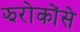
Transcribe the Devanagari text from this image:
झरोकोंसे